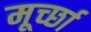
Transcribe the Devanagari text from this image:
मूर्च्‍छा